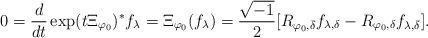
LaTeX: \begin{align*}0 = \frac{d}{dt} \exp(t \Xi_{\varphi_0})^* f_{\lambda} = \Xi_{\varphi_0}( f_{\lambda}) = \frac{\sqrt{-1}}{2}[R_{\varphi_0, \bar{\delta}} f_{\lambda, \delta} - R_{\varphi_0, \delta} f_{\lambda, \bar{\delta}}].\end{align*}